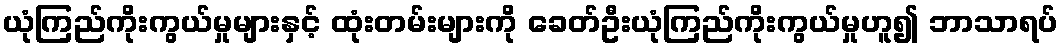
ယုံကြည်ကိုးကွယ်မှုများနှင့် ထုံးတမ်းများကို ခေတ်ဦးယုံကြည်ကိုးကွယ်မှုဟူ၍ ဘာသာရပ်